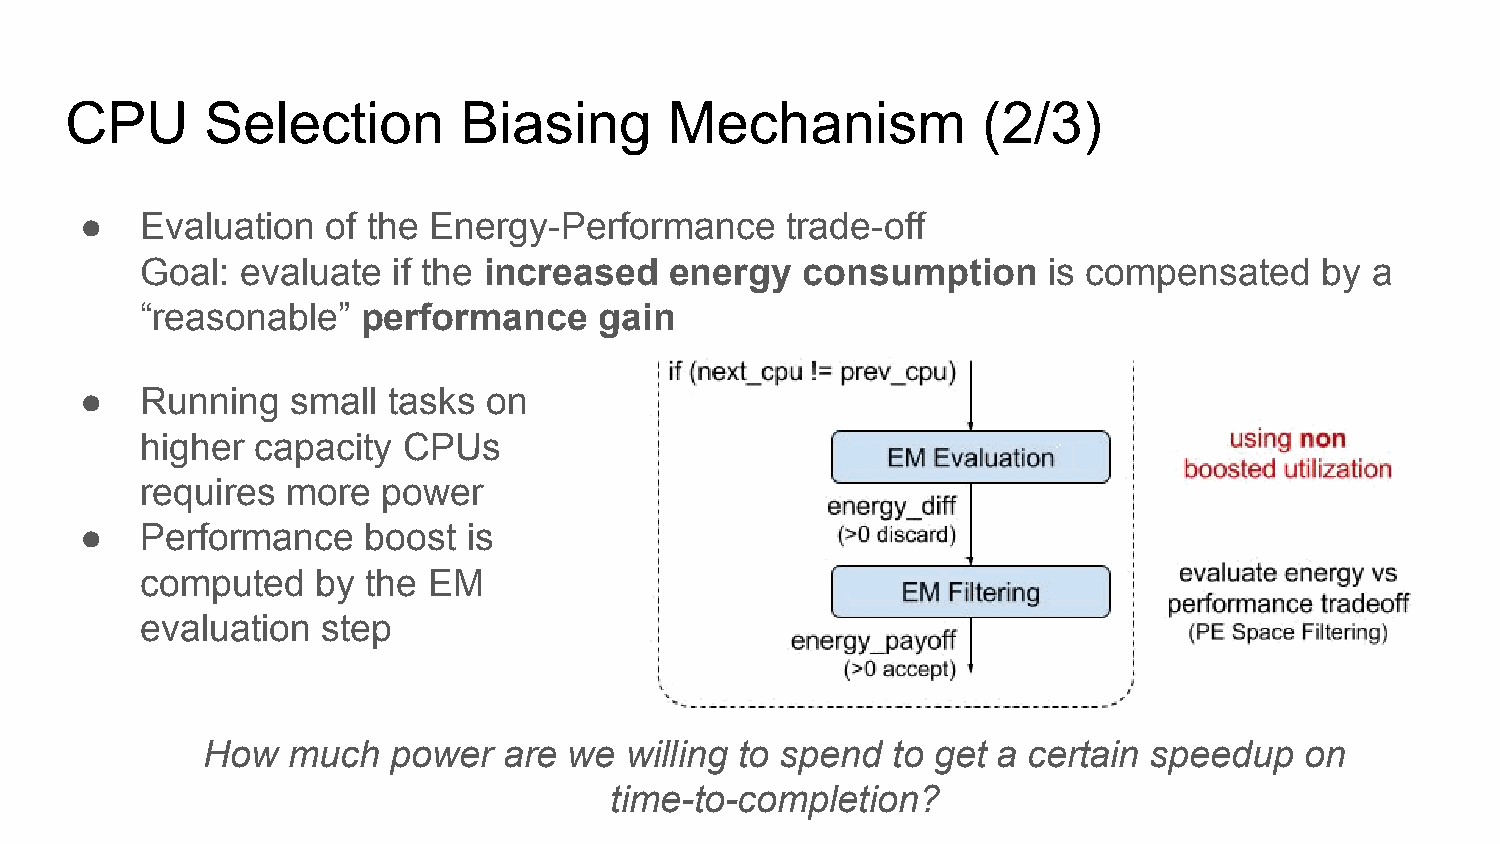
CPU       Selection       Biasing       Mechanism            (2/3)
 ●   Evaluation   of the Energy-Performance     trade-off
 Goal:  evaluate  if the increased  energy   consumption     is compensated     by a
 “reasonable”   performance     gain
 ●   Running   small  tasks on
 higher  capacity  CPUs
 requires  more  power
 ●   Performance    boost  is
 computed    by the EM
 evaluation  step
 How   much   power  are  we willing to spend  to get a certain speedup   on
 time-to-completion?